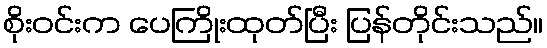
စိုးဝင်းက ပေကြိုးထုတ်ပြီး ပြန်တိုင်းသည်။